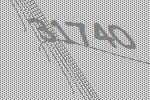
31740